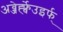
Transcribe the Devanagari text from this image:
अव्जेर्ह्फ्वेउइर्फ्